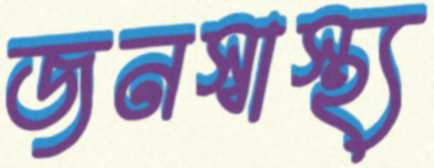
জনস্বাস্থ্য